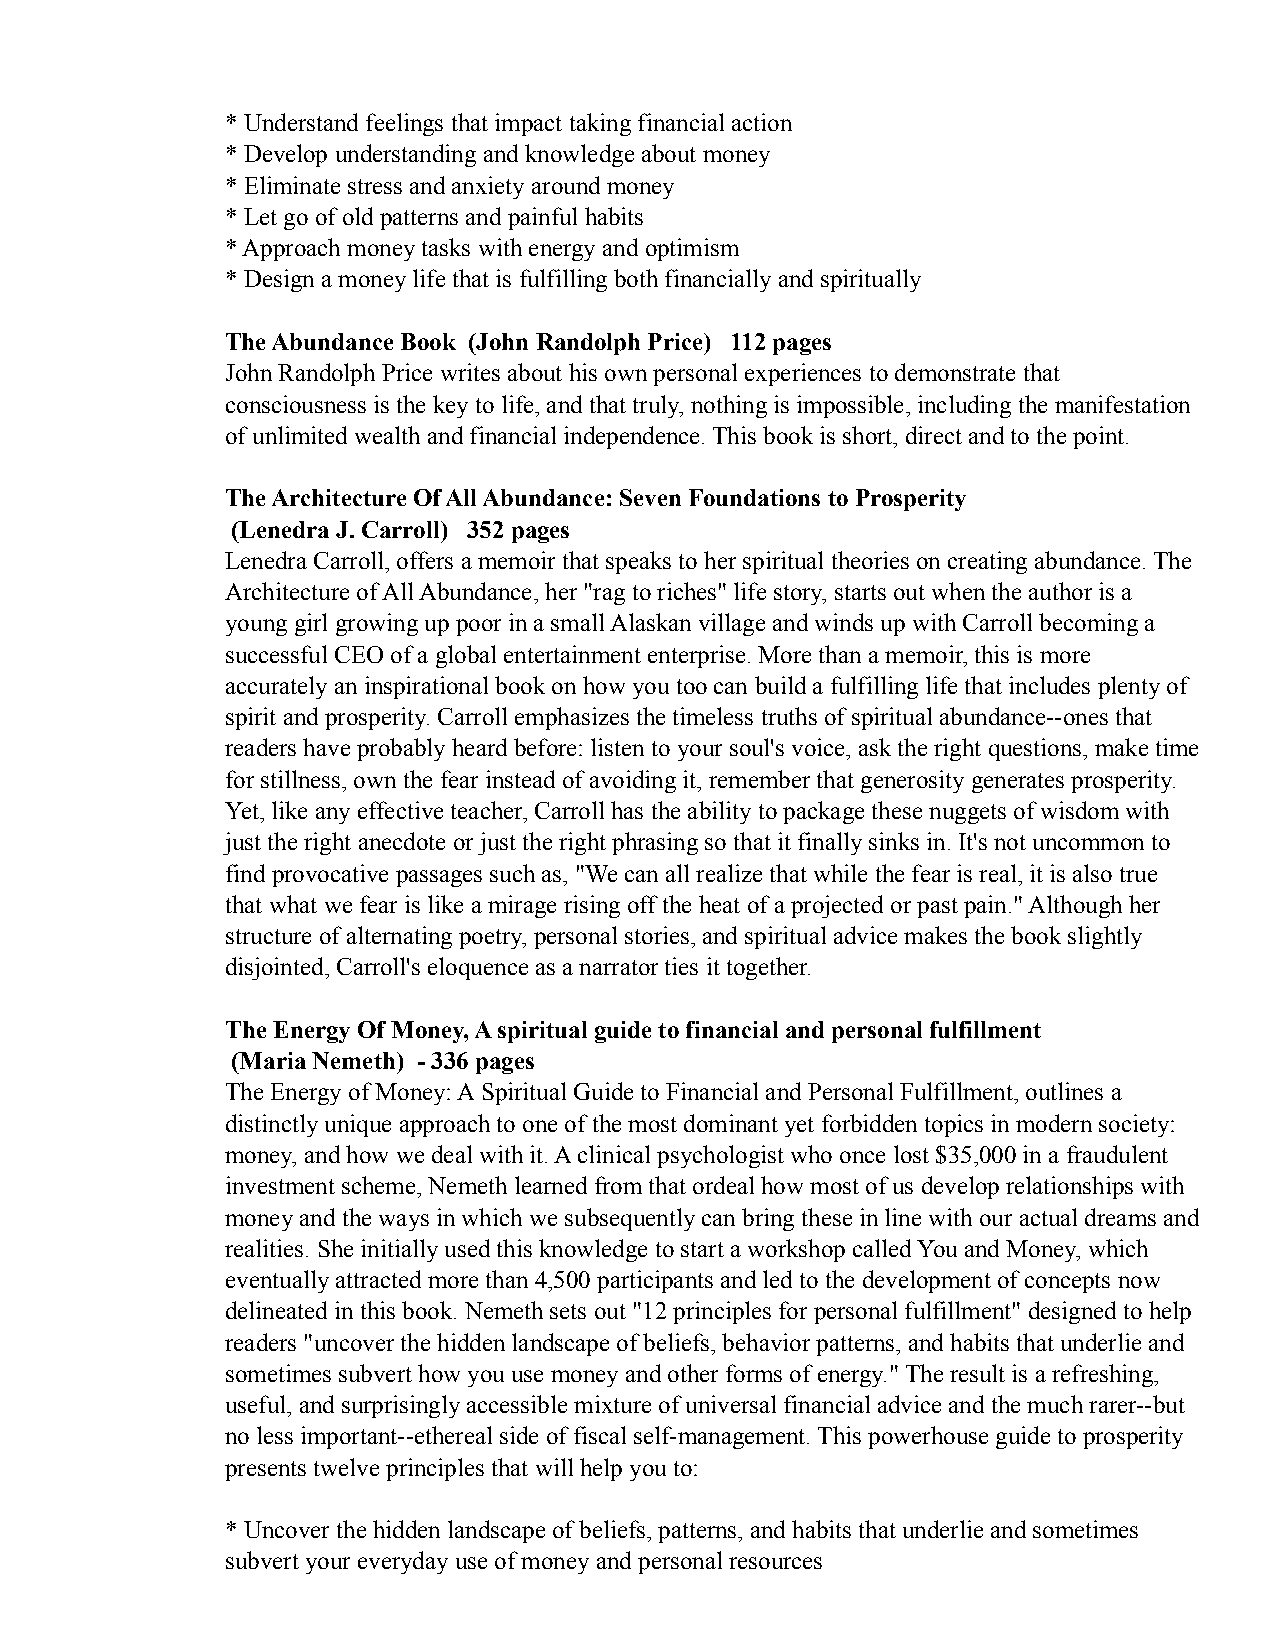
* Understand feelings that impact taking financial action
 * Develop understanding and knowledge about money
 * Eliminate stress and anxiety around money
 * Let go of old patterns and painful habits
 * Approach money tasks with energy and optimism
 * Design a money life that is fulfilling both financially and spiritually
 The Abundance Book (John Randolph Price) 112 pages
 John Randolph Price writes about his own personal experiences to demonstrate that
 consciousness is the key to life, and that truly, nothing is impossible, including the manifestation
 of unlimited wealth and financial independence. This book is short, direct and to the point.
 The Architecture Of All Abundance: Seven Foundations to Prosperity
 (Lenedra J. Carroll) 352 pages
 Lenedra Carroll, offers a memoir that speaks to her spiritual theories on creating abundance. The
 Architecture of All Abundance, her "rag to riches" life story, starts out when the author is a
 young girl growing up poor in a small Alaskan village and winds up with Carroll becoming a
 successful CEO of a global entertainment enterprise. More than a memoir, this is more
 accurately an inspirational book on how you too can build a fulfilling life that includes plenty of
 spirit and prosperity. Carroll emphasizes the timeless truths of spiritual abundance--ones that
 readers have probably heard before: listen to your soul's voice, ask the right questions, make time
 for stillness, own the fear instead of avoiding it, remember that generosity generates prosperity.
 Yet, like any effective teacher, Carroll has the ability to package these nuggets of wisdom with
 just the right anecdote or just the right phrasing so that it finally sinks in. It's not uncommon to
 find provocative passages such as, "We can all realize that while the fear is real, it is also true
 that what we fear is like a mirage rising off the heat of a projected or past pain." Although her
 structure of alternating poetry, personal stories, and spiritual advice makes the book slightly
 disjointed, Carroll's eloquence as a narrator ties it together.
 The Energy Of Money, A spiritual guide to financial and personal fulfillment
 (Maria Nemeth) - 336 pages
 The Energy of Money: A Spiritual Guide to Financial and Personal Fulfillment, outlines a
 distinctly unique approach to one of the most dominant yet forbidden topics in modern society:
 money, and how we deal with it. A clinical psychologist who once lost $35,000 in a fraudulent
 investment scheme, Nemeth learned from that ordeal how most of us develop relationships with
 money and the ways in which we subsequently can bring these in line with our actual dreams and
 realities. She initially used this knowledge to start a workshop called You and Money, which
 eventually attracted more than 4,500 participants and led to the development of concepts now
 delineated in this book. Nemeth sets out "12 principles for personal fulfillment" designed to help
 readers "uncover the hidden landscape of beliefs, behavior patterns, and habits that underlie and
 sometimes subvert how you use money and other forms of energy." The result is a refreshing,
 useful, and surprisingly accessible mixture of universal financial advice and the much rarer--but
 no less important--ethereal side of fiscal self-management. This powerhouse guide to prosperity
 presents twelve principles that will help you to:
 * Uncover the hidden landscape of beliefs, patterns, and habits that underlie and sometimes
 subvert your everyday use of money and personal resources